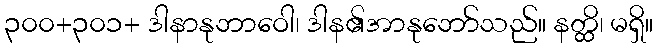
၃၀၀+၃၀၁+ ဒါနာနုဘာဝေါ၊ ဒါန၏အာနုဘော်သည်။ နတ္ထိ၊ မရှိ။